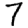
Digit: 7